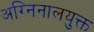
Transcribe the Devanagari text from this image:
अग्निनालयुक्त